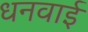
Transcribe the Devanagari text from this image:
धनवाई